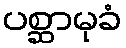
ပစ္ဆာမုခံ